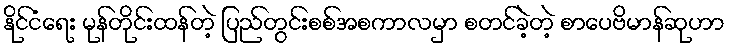
နိုင်ငံရေး မုန်တိုင်းထန်တဲ့ ပြည်တွင်းစစ်အစကာလမှာ စတင်ခဲ့တဲ့ စာပေဗိမာန်ဆုဟာ